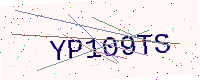
Text: YP109TS